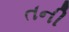
તની